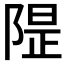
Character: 𱀣